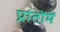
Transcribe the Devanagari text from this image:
प्रांतोंमें